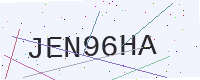
Text: JEN96HA